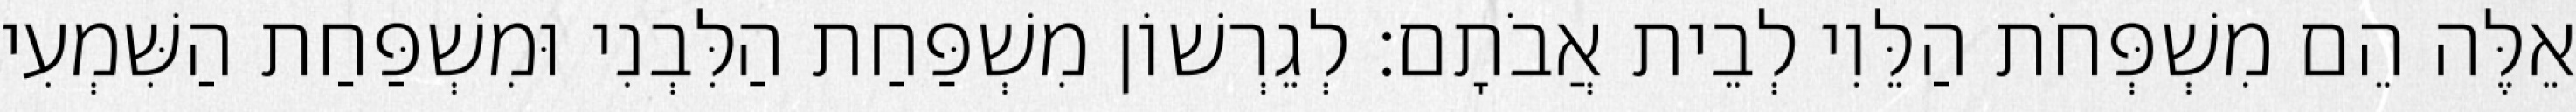
אֵלֶּה הֵם מִשְׁפְּחֹת הַלֵּוִי לְבֵית אֲבֹתָם׃ לְגֵרְשׁוֹן מִשְׁפַּחַת הַלִּבְנִי וּמִשְׁפַּחַת הַשִּׁמְעִי